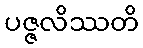
ပဇ္ဇလိဿတိ